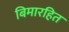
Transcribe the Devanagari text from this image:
बिमारहित